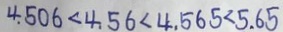
4 . 5 0 6 < 4 . 5 6 < 4 . 5 6 5 < 5 . 6 5